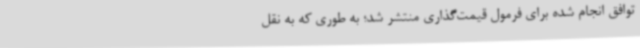
توافق انجام شده برای فرمول قیمت‌گذاری منتشر شد؛ به طوری که به نقل